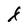
Character: F